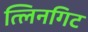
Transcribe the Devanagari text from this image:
त्लिनगिट